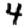
Digit: 4